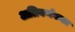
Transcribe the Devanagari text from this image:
अतिवर्णकता